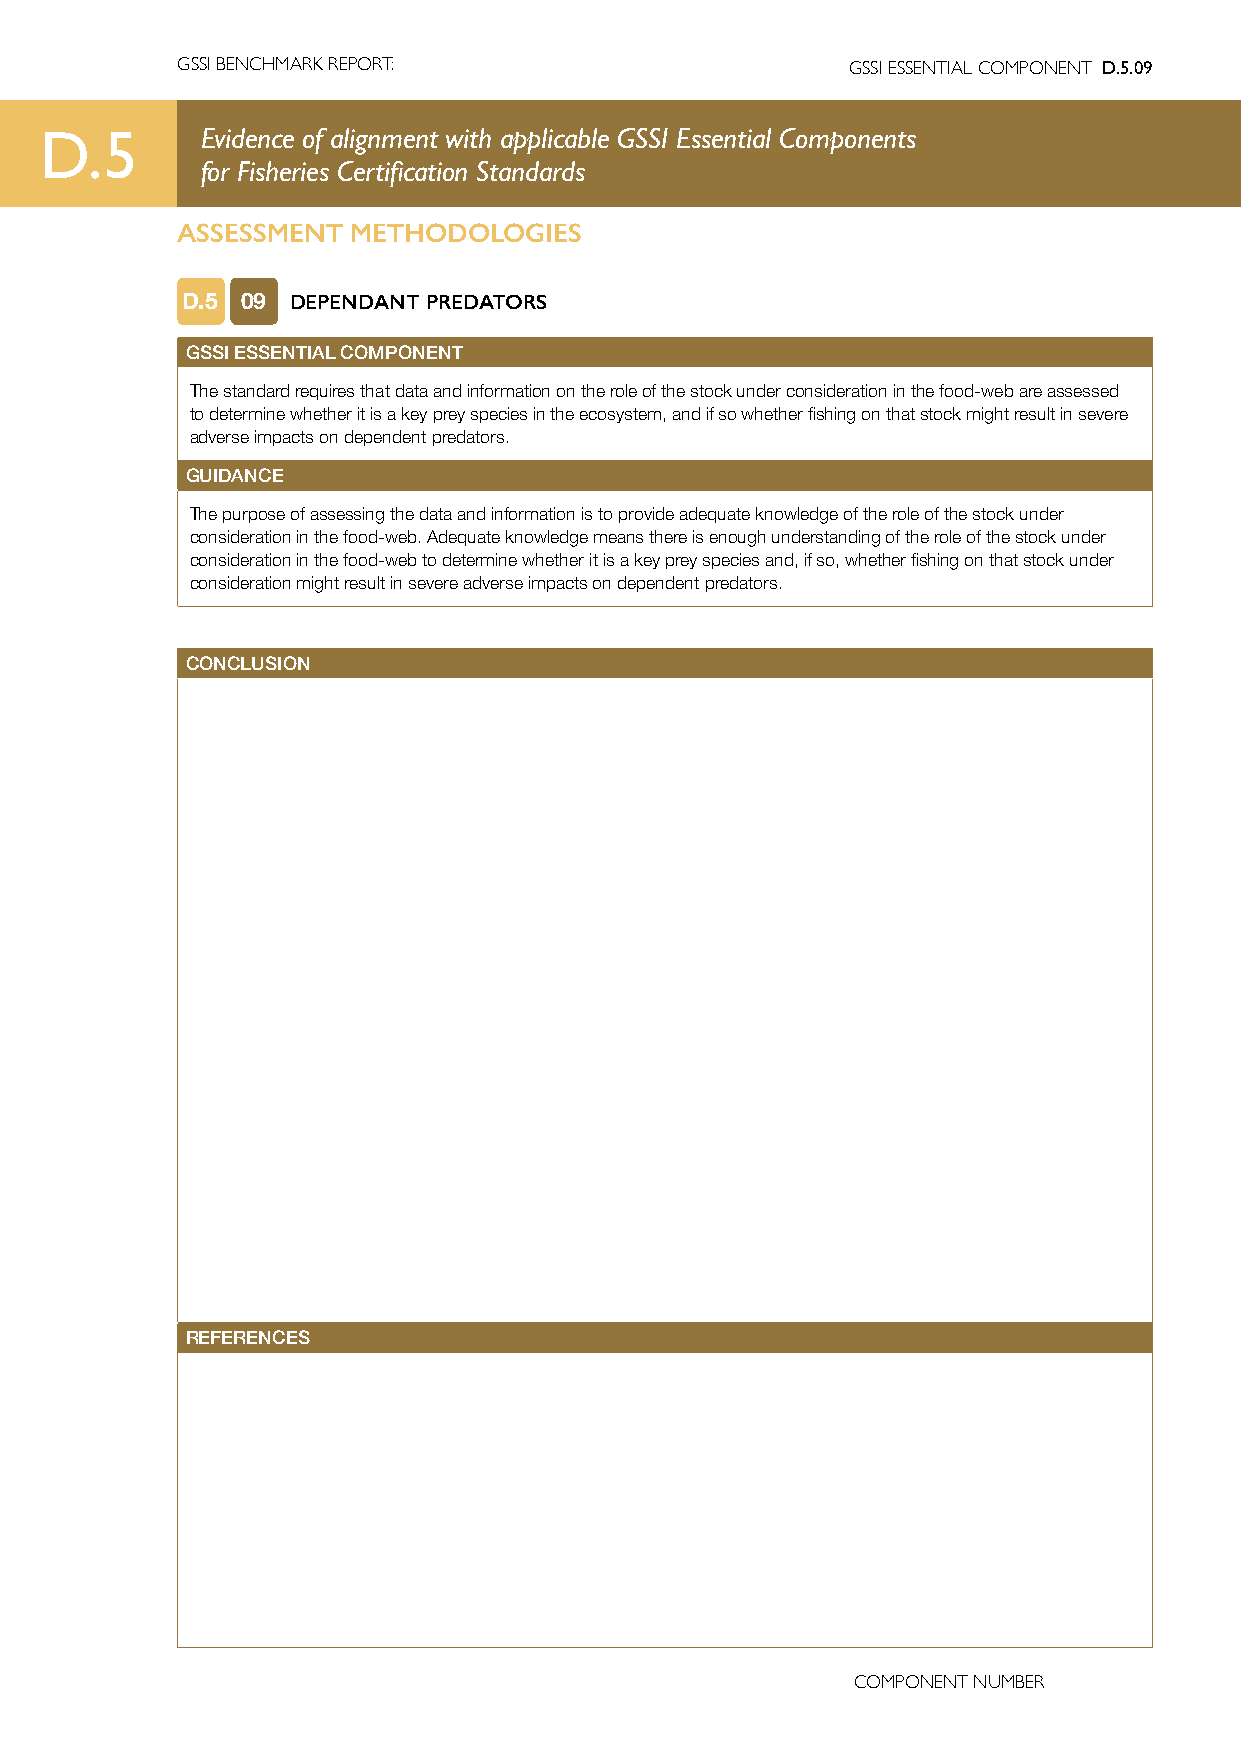
GSSI BENCHMARK REPORT:                      GSSI ESSENTIAL COMPONENT D.5.09
 D.5       Evidence of alignment with applicable GSSI Essential Components
 for Fisheries Certification Standards
 ASSESSMENT METHODOLOGIES
 D.5 09 DEPENDANT PREDATORS
 GSSI ESSENTIAL COMPONENT
 The standard requires that data and information on the role of the stock under consideration in the food-web are assessed
 to determine whether it is a key prey species in the ecosystem, and if so whether fishing on that stock might result in severe
 adverse impacts on dependent predators.
 GUIDANCE
 The purpose of assessing the data and information is to provide adequate knowledge of the role of the stock under
 consideration in the food-web. Adequate knowledge means there is enough understanding of the role of the stock under
 consideration in the food-web to determine whether it is a key prey species and, if so, whether fishing on that stock under
 consideration might result in severe adverse impacts on dependent predators.
 CONCLUSION
 REFERENCES
 COMPONENT NUMBER